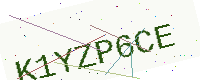
Text: K1YZP6CE